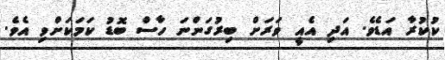
ކުކުރާ އަޑެވެ. އަދި އެއީ ވަރަށް ބިރުގަންނަ ހާސް ބޮޑު ކަމަކަށްވި އެވެ.